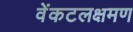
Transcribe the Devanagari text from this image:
वेंकटलक्षमण